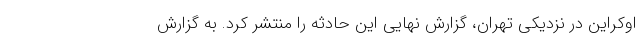
اوکراین در نزدیکی تهران، گزارش نهایی این حادثه را منتشر کرد. به گزارش